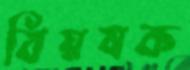
বিয়ষক